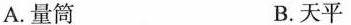
A.量筒 B.天平